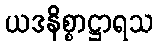
ယဒနိစ္စာဋ္ဌာရသ